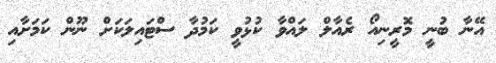
އޭނާ ބުނީ މޮރީނިއޯ ރެއާލް ލައްވާ ކުޅުވީ ކަމުދާ ސްޓައިލަކަށް ނޫން ކަމަށާއި